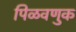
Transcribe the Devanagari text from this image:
पिळवणुक